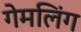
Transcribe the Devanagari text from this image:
गेमलिंग